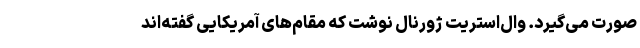
صورت می‌گیرد. وال‌استریت ژورنال نوشت که مقام‌های آمریکایی گفته‌اند